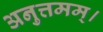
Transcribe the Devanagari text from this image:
अनुत्तमम्‌।